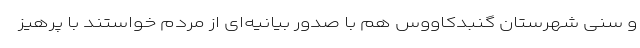
و سنی شهرستان گنبدکاووس هم با صدور بیانیه‌ای از مردم خواستند با پرهیز